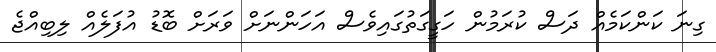
ގިނަ ކަންކަމެއް ދަސް ކުރަމުން ހަގީގަތުގައިވެސް އަހަންނަށް ވަރަށް ބޮޑު އުފަލެއް ލިބިއްޖެ